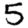
Digit: 5